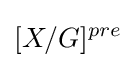
[X/G]^{pre}